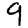
Digit: 9